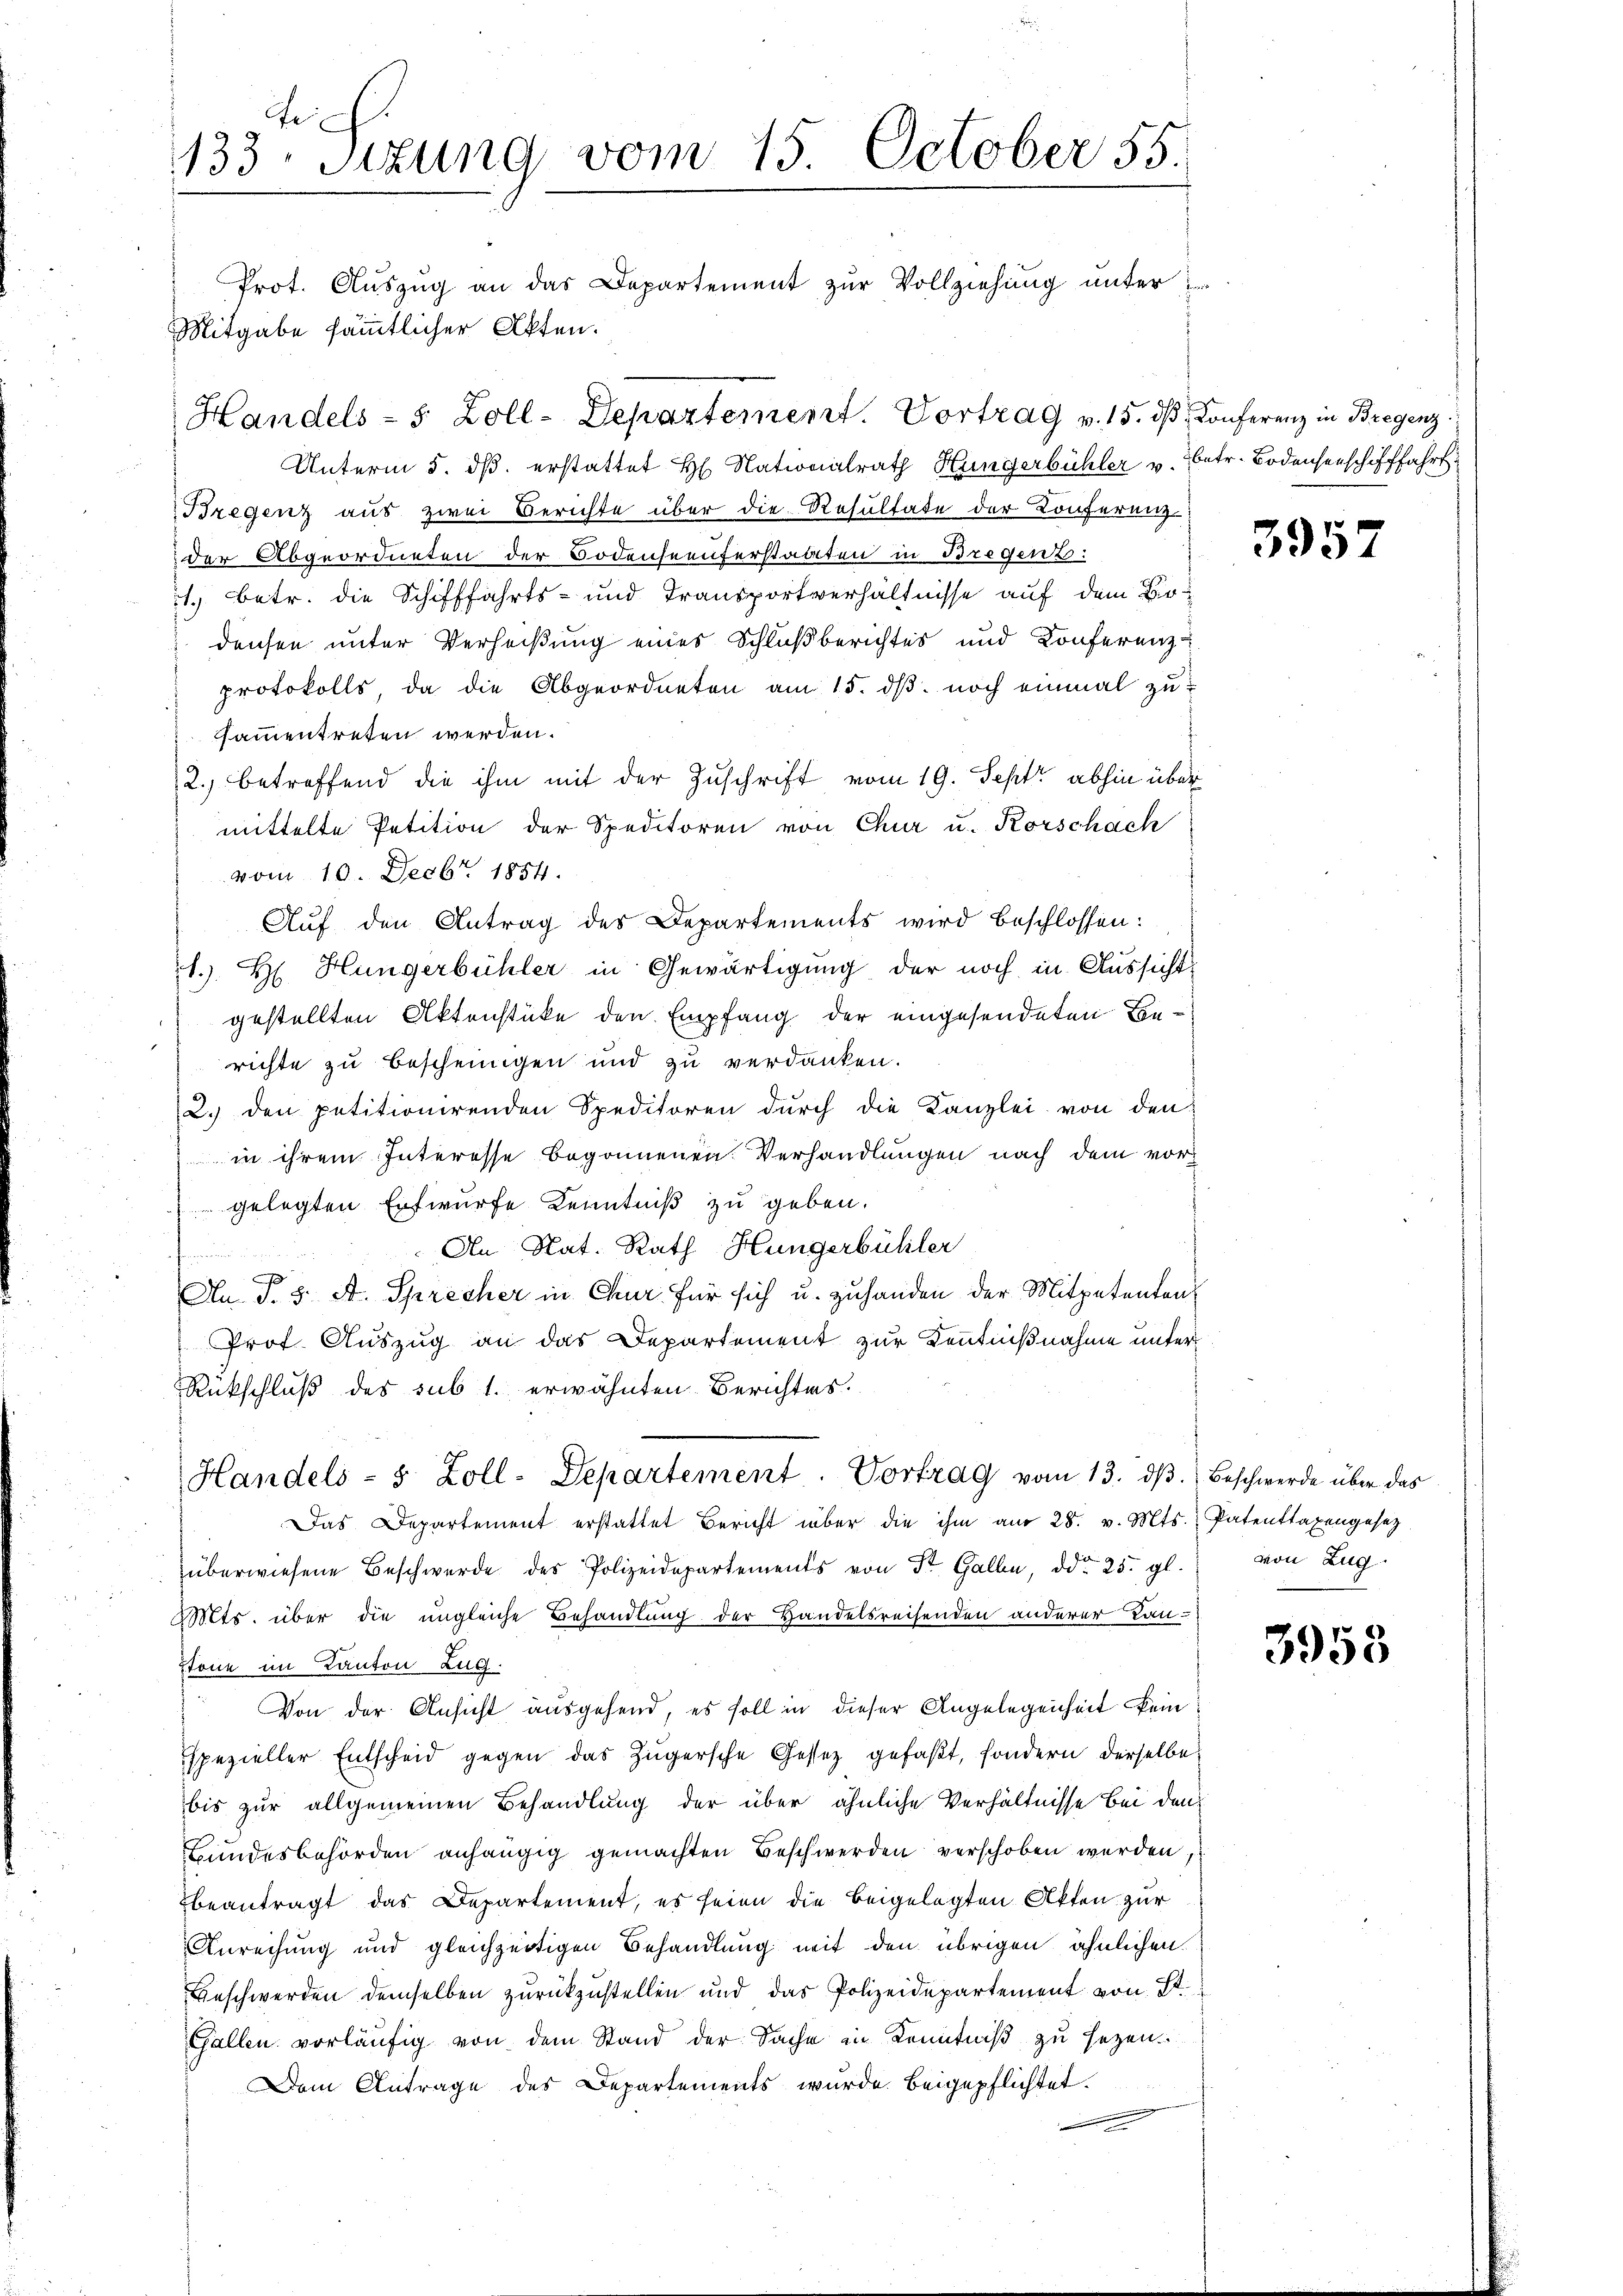
133. Sitzung vom 15. October 55.
Prot. Auszug an das Departement zur Vollziehung unter Er

Unterm 5. ds. erstattet H. Nationalrath Hungerbühler v. Betr. Bodensenschifffahrt
Bregenz aus zwei Berichte über die Resultate der Konferenz-
der Abgeordneten der Bodenseeuferstaaten in Bregenz:
1.) Betr. die Schifffahrts- und Transportverhältnisse auf dem Birdensen unter Verheißung eines Schlußberichtes und Konferenz
protokolls, da die Abgeordneten am 15. dß. noch einmal zu
sammentreten werden.
2.) betreffend die ihm mit der Zuschrift vom 19. Sept. abhin über
mittelte Petition der Speditoren von Chur u. Korschach
vom 10. Febr. 1854.
Auf den Antrag des Departements wird beschlossen:
1. Hr. Hungerbühler in Gewärtigung der noch in Aussicht
gestellten Aktenstüke den Empfang der eingesendeten Berichte zu bescheinigen und zu verdanken.
2. den petitionirenden Speditoren dŭrch die Kanzlei von den
in ihrem Interesse begonnenen Verhandlungen nach dem vorgelegten Entwurfe Kenntniß zu geben.
An Rat. Rath Hungerbühler
An §. 5. A. Sprecher in Chur für sich u. zuhanden der Mitpetenten
Prof. Auszug an das Departement zur Kenntnißnahme unter
Rückschluß des sub 1. erwähnten Berichtes.
Handels- 8 Zoll-Departement. Vortrag vom 13. dβ. Beschwerde über das
Das Departement erstattet Bericht über die ihm am 28. v. Mts. Patentragengesetz
überwiesene Beschwerde des Polizeidepartements von Fr. Galle, ddo 25. gl. von Zug
Mts. über die ungleiche Behandlung der Handelsreisenden anderer Lan-
Stone im Kanton Zug.
 Von der Ansicht ausgehend, es soll in dieser Angelegenheit kein
spezieller Entscheid gegen das Zügersche Gessez gefaβt, sondern derselbe
bis zur allgemeinen Behandlung der über ähnliche Verhältnisse bei den
Bundesbehörden anhängig gemachten Beschwerden verschoben werden,
beantragt das Departement, es seien die beigelegten Akten zur
Anrechung und gleichzeitigen Behandlung mit den übrigen ähnlichen
Beschwerden demselben zurückzustellen und das Polizeidepartement von Dr.
Gallen vorläufig von dem Stand der Sache in Kenntniß zu sezen.
Dem Antrage des Departements wurde beigepflichtet.

itgabe sämmtlicher Akten.

Handels- 8 Zoll-Departement. Vortrag v. 15. dβ Conferenz in Bregenz.

3957

3953